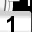
Digit: 1